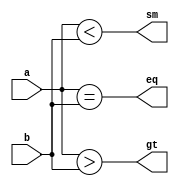
module comparator_behavioral(eq,gt,sm,a,b);

input [3:0]a,b;
output reg eq,gt,sm;

always @(*) begin
    eq = (a == b);
    gt = (a > b);
    sm = (a < b);
end
endmodule